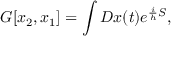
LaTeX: G [ x _ { 2 } , x _ { 1 } ] = \int { \cal D } x ( t ) e ^ { { \frac { i } { h } } S } ,